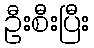
ဦးစီးပြီး